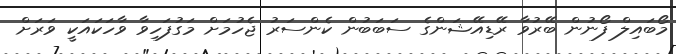
މޯބައިލް ފޯނުން ބޭރުވާ ރޭޑިއޭޝަންގެ ސަބަބުން ކެންސަރު ޖެހުމަށް މަގުފަހިވާ ވާހަކައަކީ ވަރަށް